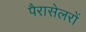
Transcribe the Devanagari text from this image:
पैरासेलरों